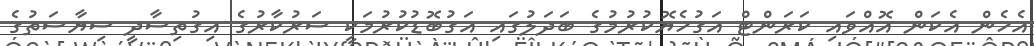
އެހެން އެކަން އޮއްވައި ކަރަންޓް އަގުހެޔޮކުރުމުގެ ބަދަލުގައި އަގުބޮޑުކުރުމަކީ ސަރުކާރުގެ އިގުތިސާދީ ސިޔާސަތުގެ